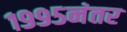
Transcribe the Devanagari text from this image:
१९९५नंतर